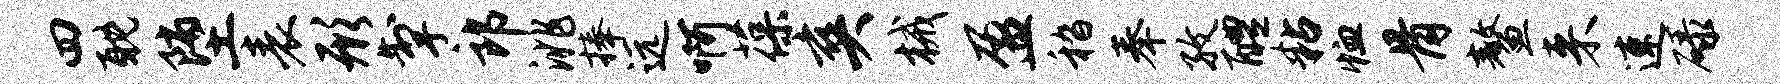
四耽堕表形掣郎洮捧远啊葆爽械盈嵇奉孜醴粘恤骨鳌来速碌